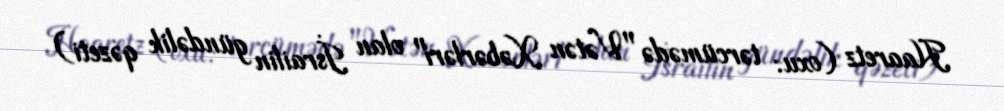
Haaretz (oxu: tərcümədə "Vətən Xəbərləri" olan İsrailin gündəlik qəzeti)